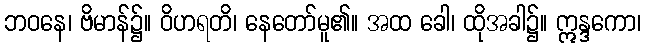
ဘဝနေ၊ ဗိမာန်၌။ ဝိဟရတိ၊ နေတော်မူ၏။ အထ ခေါ၊ ထိုအခါ၌။ ဣန္ဒကော၊